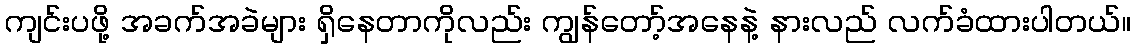
ကျင်းပဖို့ အခက်အခဲများ ရှိနေတာကိုလည်း ကျွန်တော့်အနေနဲ့ နားလည် လက်ခံထားပါတယ်။